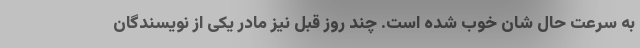
به سرعت حال شان خوب شده است. چند روز قبل نیز مادر یکی از نویسندگان